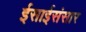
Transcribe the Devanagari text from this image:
ईसाईसंसार